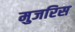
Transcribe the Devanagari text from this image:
मुजरिस